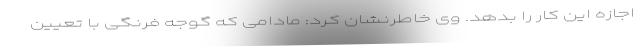
اجازه این کار را بدهد. وی خاطرنشان کرد: مادامی که گوجه فرنگی با تعیین